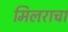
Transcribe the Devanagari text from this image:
मिलराचा